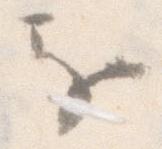
乎